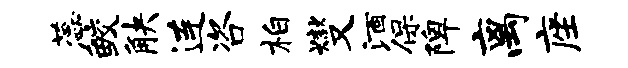
蕊鲛觖连咨柏燮酒保陴离座